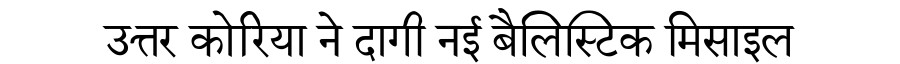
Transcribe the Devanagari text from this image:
उत्तर कोरिया ने दागी नई बैलिस्टिक मिसाइल